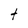
Character: t